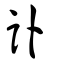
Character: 訃